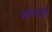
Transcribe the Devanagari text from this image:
कालड़ी